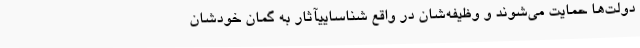
دولت‌ها حمایت می‌شوند و وظیفه‌شان در واقع شناساییآثار به گمان خودشان